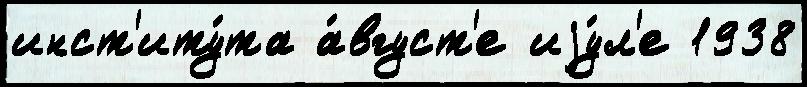
инст'иту́та а́вгуст'е иjу́л'е 1938